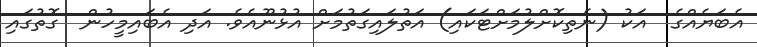
އެބަޔެއްގެ  އަކު (ނެތިކޮށްލުމަށްޓަކައި) އަތުލައިގަތުމަށް އުޅުނޫއެވެ. އަދި އެބައިމީހުން  ގޮތުގައި